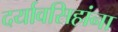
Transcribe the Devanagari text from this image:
दर्यावसिहांना